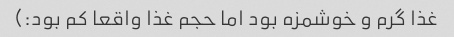
غذا گرم و خوشمزه بود اما حجم غذا واقعا کم بود:)